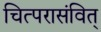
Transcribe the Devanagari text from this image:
चित्परासंवित्